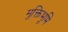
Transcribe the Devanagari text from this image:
मुक्तिभूमि